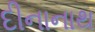
દીનાનાથ